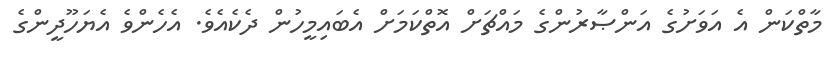
މާތްކަން އެ އަވަށުގެ އަންޞާރުންގެ މައްޗަށް އޮތްކަމަށް އެބައިމީހުން ދެކެއެވެ. އެހެންވެ އެޔަހޫދީންގެ